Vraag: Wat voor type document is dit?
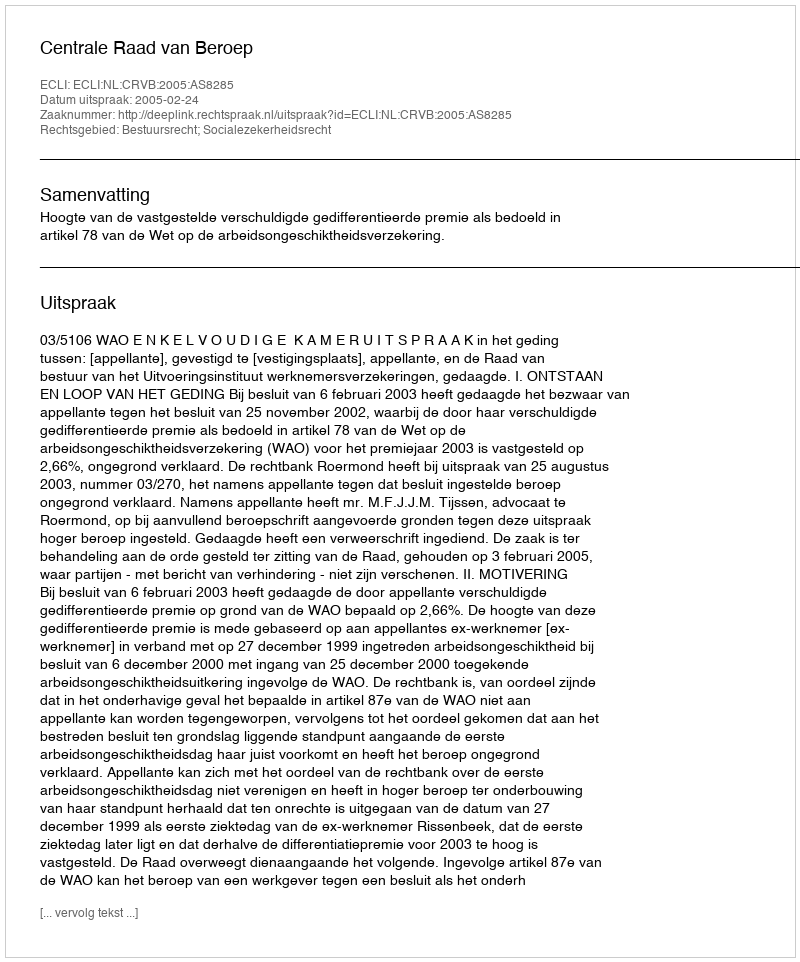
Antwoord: Uitspraak